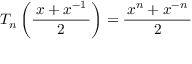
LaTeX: T _ { n } \left( { \frac { \, x + x ^ { - 1 } \, } { 2 } } \right) = { \frac { \, x ^ { n } + x ^ { - n } \, } { 2 } }